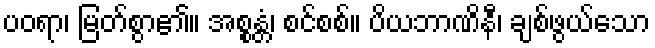
ပဝရာ၊ မြတ်စွာ၏။ အစ္စန္တံ၊ စင်စစ်။ ပိယဘာဏိနီ၊ ချစ်ဖွယ်သော